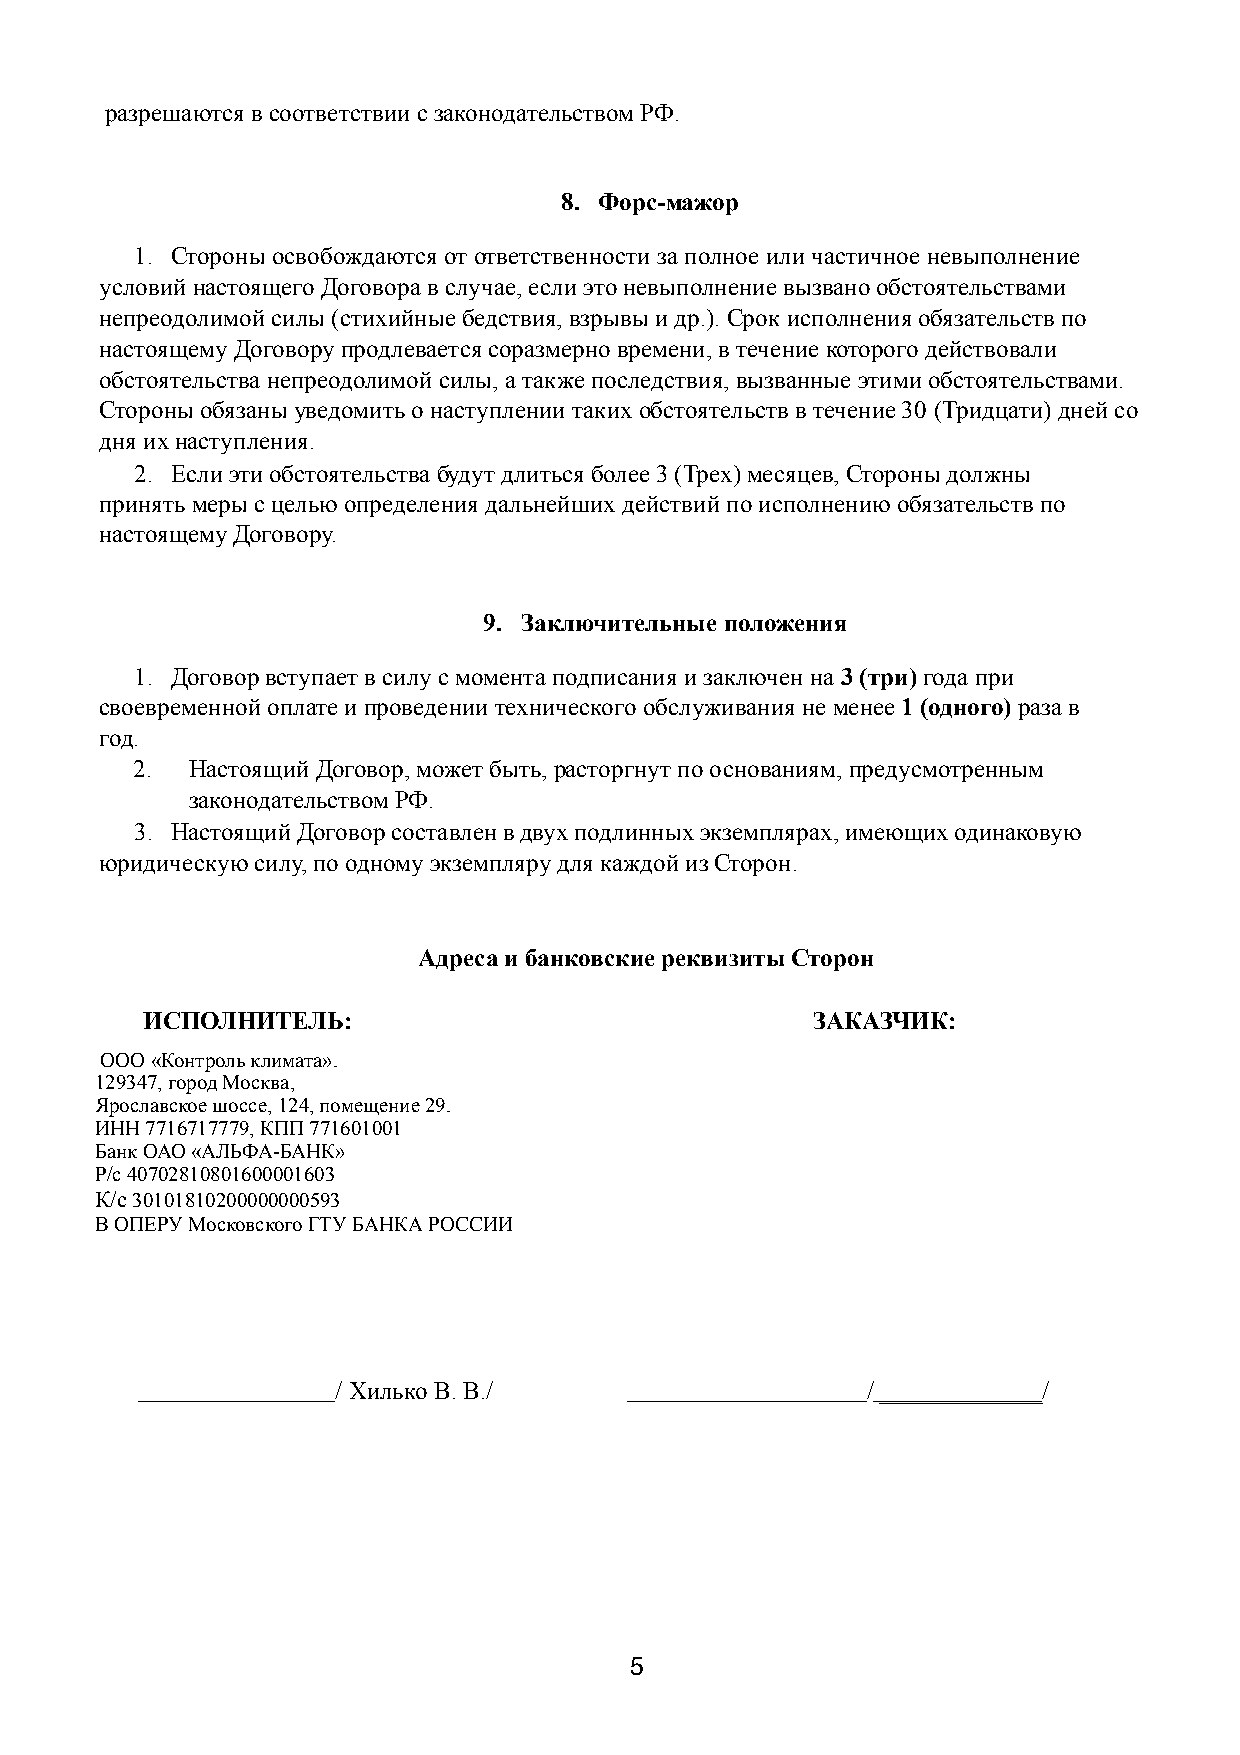
разрешаются в соответствии с законодательством РФ.
 8. Форс-мажор
 1. Стороны освобождаются от ответственности за полное или частичное невыполнение
 условий настоящего Договора в случае, если это невыполнение вызвано обстоятельствами
 непреодолимой силы (стихийные бедствия, взрывы и др.). Срок исполнения обязательств по
 настоящему Договору продлевается соразмерно времени, в течение которого действовали
 обстоятельства непреодолимой силы, а также последствия, вызванные этими обстоятельствами.
 Стороны обязаны уведомить о наступлении таких обстоятельств в течение 30 (Тридцати) дней со
 дня их наступления.
 2. Если эти обстоятельства будут длиться более 3 (Трех) месяцев, Стороны должны
 принять меры с целью определения дальнейших действий по исполнению обязательств по
 настоящему Договору.
 9. Заключительные положения
 1. Договор вступает в силу с момента подписания и заключен на 3 (три) года при
 своевременной оплате и проведении технического обслуживания не менее 1 (одного) раза в
 год.
 2.  Настоящий Договор, может быть, расторгнут по основаниям, предусмотренным
 законодательством РФ.
 3. Настоящий Договор составлен в двух подлинных экземплярах, имеющих одинаковую
 юридическую силу, по одному экземпляру для каждой из Сторон.
 Адреса и банковские реквизиты Сторон
 ИСПОЛНИТЕЛЬ:                                 ЗАКАЗЧИК:
 ООО «Контроль климата».
 129347, город Москва,
 Ярославское шоссе, 124, помещение 29.
 ИНН 7716717779, КПП 771601001
 Банк ОАО «АЛЬФА-БАНК»
 Р/с 40702810801600001603
 К/с 30101810200000000593
 В ОПЕРУ Московского ГТУ БАНКА РОССИИ
 / Хилько В. В./                    / _____________/
 5